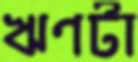
ঋণটা